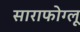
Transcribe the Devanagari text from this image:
साराफोग्लू